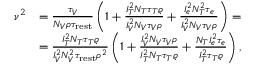
\begin{array} { r l } { \nu ^ { 2 } } & { = \frac { \tau _ { V } } { N _ { V } \rho \tau _ { \mathrm { r e s t } } } \left( 1 + \frac { I _ { T } ^ { 2 } N _ { T } \tau _ { T } \varrho } { I _ { V } ^ { 2 } N _ { V } \tau _ { V } \rho } + \frac { I _ { e } ^ { 2 } N _ { T } ^ { 2 } \tau _ { e } } { I _ { V } ^ { 2 } N _ { V } \tau _ { V } \rho } \right) = } \\ & { = \frac { I _ { T } ^ { 2 } N _ { T } \tau _ { T } \varrho } { I _ { V } ^ { 2 } N _ { V } ^ { 2 } \tau _ { \mathrm { r e s t } } \rho ^ { 2 } } \left( 1 + \frac { I _ { V } ^ { 2 } N _ { V } \tau _ { V } \rho } { I _ { T } ^ { 2 } N _ { T } \tau _ { T } \varrho } + \frac { N _ { T } I _ { e } ^ { 2 } \tau _ { e } } { I _ { T } ^ { 2 } \tau _ { T } \varrho } \right) , } \end{array}